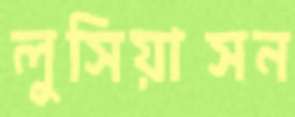
লুসিয়াসন